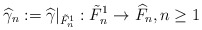
\begin{align*}\widehat{\gamma}_n:=\widehat{\gamma}|_{\tilde{F}^1_n}: \tilde{F}^1_n\rightarrow \widehat{F}_n,n\geq 1\end{align*}